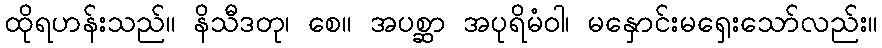
ထိုရဟန်းသည်။ နိသီဒတု၊ စေ။ အပစ္ဆာ အပုရိမံဝါ၊ မနှောင်းမရှေးသော်လည်း။